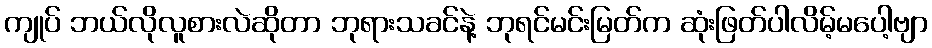
ကျုပ် ဘယ်လိုလူစားလဲဆိုတာ ဘုရားသခင်နဲ့ ဘုရင်မင်းမြတ်က ဆုံးဖြတ်ပါလိမ့်မပေါ့ဗျာ